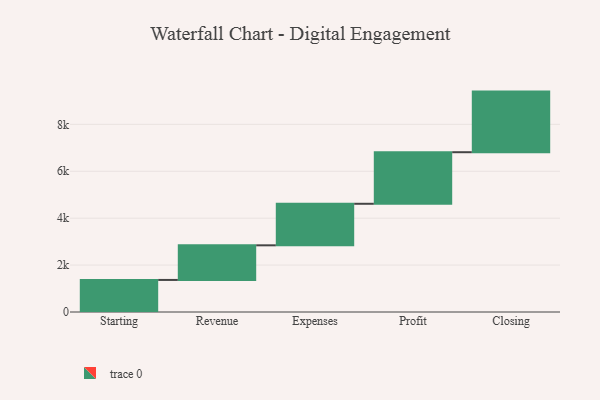
{"axis": {"x": "Step", "y": "Value"}, "legend": [""], "data": [{"x": "Starting", "y": 1367.0, "type": ""}, {"x": "Revenue", "y": 1476.0, "type": ""}, {"x": "Expenses", "y": 1771.0, "type": ""}, {"x": "Profit", "y": 2199.0, "type": ""}, {"x": "Closing", "y": 2584.0, "type": ""}]}